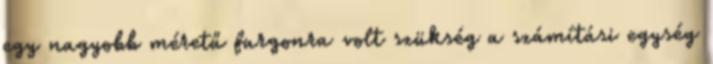
egy nagyobb méretű furgonra volt szükség a számítási egység